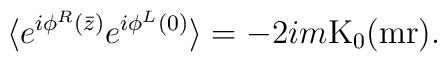
\langle e^{i\phi^R( \bar z )} e^{i\phi^L (0)} \rangle = -2 i m \rm{K}_0(mr) .